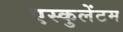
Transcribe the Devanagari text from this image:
एस्कुलेंटम